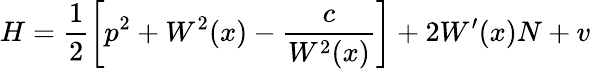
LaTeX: H=\frac 12\left[p^{2}+W^{2}(x)-\frac{c}{W^{2}(x)}\right]+2W^{\prime}(x)N+v